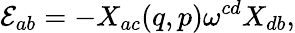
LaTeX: {\cal E}_{ab}=-X_{ac}(q,p)\omega^{cd}X_{db},